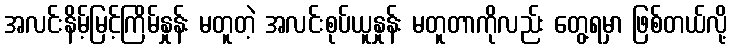
အလင်းနိမ့်မြင့်ကြိမ်နှုန်း မတူတဲ့ အလင်းစုပ်ယူနှုန်း မတူတာကိုလည်း တွေ့ရမှာ ဖြစ်တယ်လို့